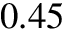
0 . 4 5